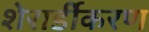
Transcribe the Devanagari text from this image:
शेरार्डीकरण